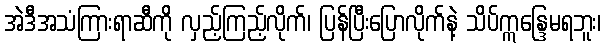
အဲဒီအသံကြားရာဆီကို လှည့်ကြည့်လိုက်၊ ပြန်ပြီးပြောလိုက်နဲ့ သိပ်ဣန္ဒြေမရဘူး၊